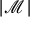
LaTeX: | { \mathcal { M } } |